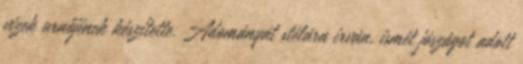
vizek urnőjének készítette. Adományát stélára irván, ismét jószágot adott